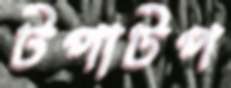
টপাটপ